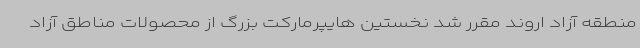
منطقه آزاد اروند مقرر شد نخستین هایپرمارکت بزرگ از محصولات مناطق آزاد